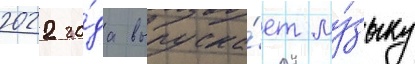
2022 го́да выпуска́ет му́зыку